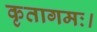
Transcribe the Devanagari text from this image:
कृतागमः।